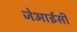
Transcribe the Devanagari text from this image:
जेआईसी